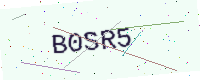
Text: B0SR5